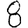
Digit: 8